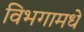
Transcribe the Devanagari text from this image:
विभगामधे